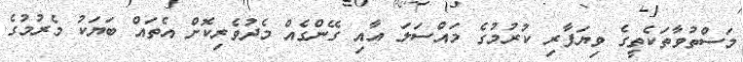
މަސްތުވާތަކެތީގެ ވިޔަފާރި ކުރުމުގެ މައްސަލަ އާއި ގޭންގެއް މެދުވެރިކޮށް އެތައް ބަޔަކު މެރުމުގެ